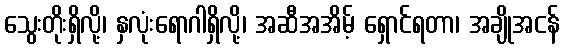
သွေးတိုးရှိလို့၊ နှလုံးရောဂါရှိလို့၊ အဆီအအိမ့် ရှောင်ရတာ၊ အချိုအငန်